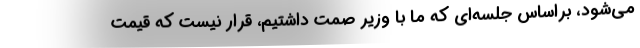
می‌شود، براساس جلسه‌ای که ما با وزیر صمت داشتیم، قرار نیست که قیمت